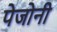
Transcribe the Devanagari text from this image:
पेजोनी